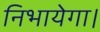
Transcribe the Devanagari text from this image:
निभायेगा।